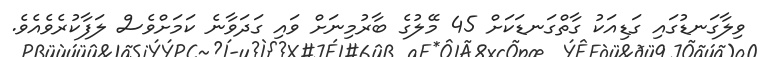
ވިލާގަނޑުގައި ގަޑިއަކު ގާތްގަނޑަކަށް 45 މޭލުގެ ބާރުމިނަށް ވައި ގަދަވާނެ ކަމަށްވެސް ލަފާކުރެވެއެވެ.